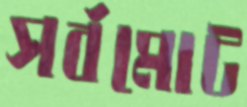
সর্বমোট